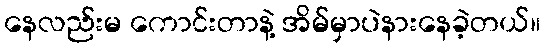
နေလည်းမ ကောင်းတာနဲ့ အိမ်မှာပဲနားနေခဲ့တယ်။